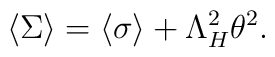
\langle \Sigma \rangle =\langle \sigma \rangle + \Lambda_H^2 \theta^2.